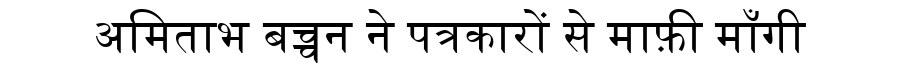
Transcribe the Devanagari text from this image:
अमिताभ बच्चन ने पत्रकारों से माफ़ी माँगी